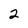
Character: 2